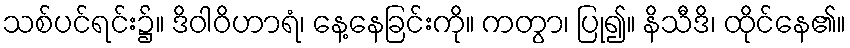
သစ်ပင်ရင်း၌။ ဒိဝါဝိဟာရံ၊ နေ့နေခြင်းကို။ ကတွာ၊ ပြု၍။ နိသီဒိ၊ ထိုင်နေ၏။